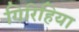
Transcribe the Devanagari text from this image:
गिरिहिया